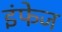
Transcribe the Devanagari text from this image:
इंफेज